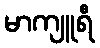
မာကျူရီ